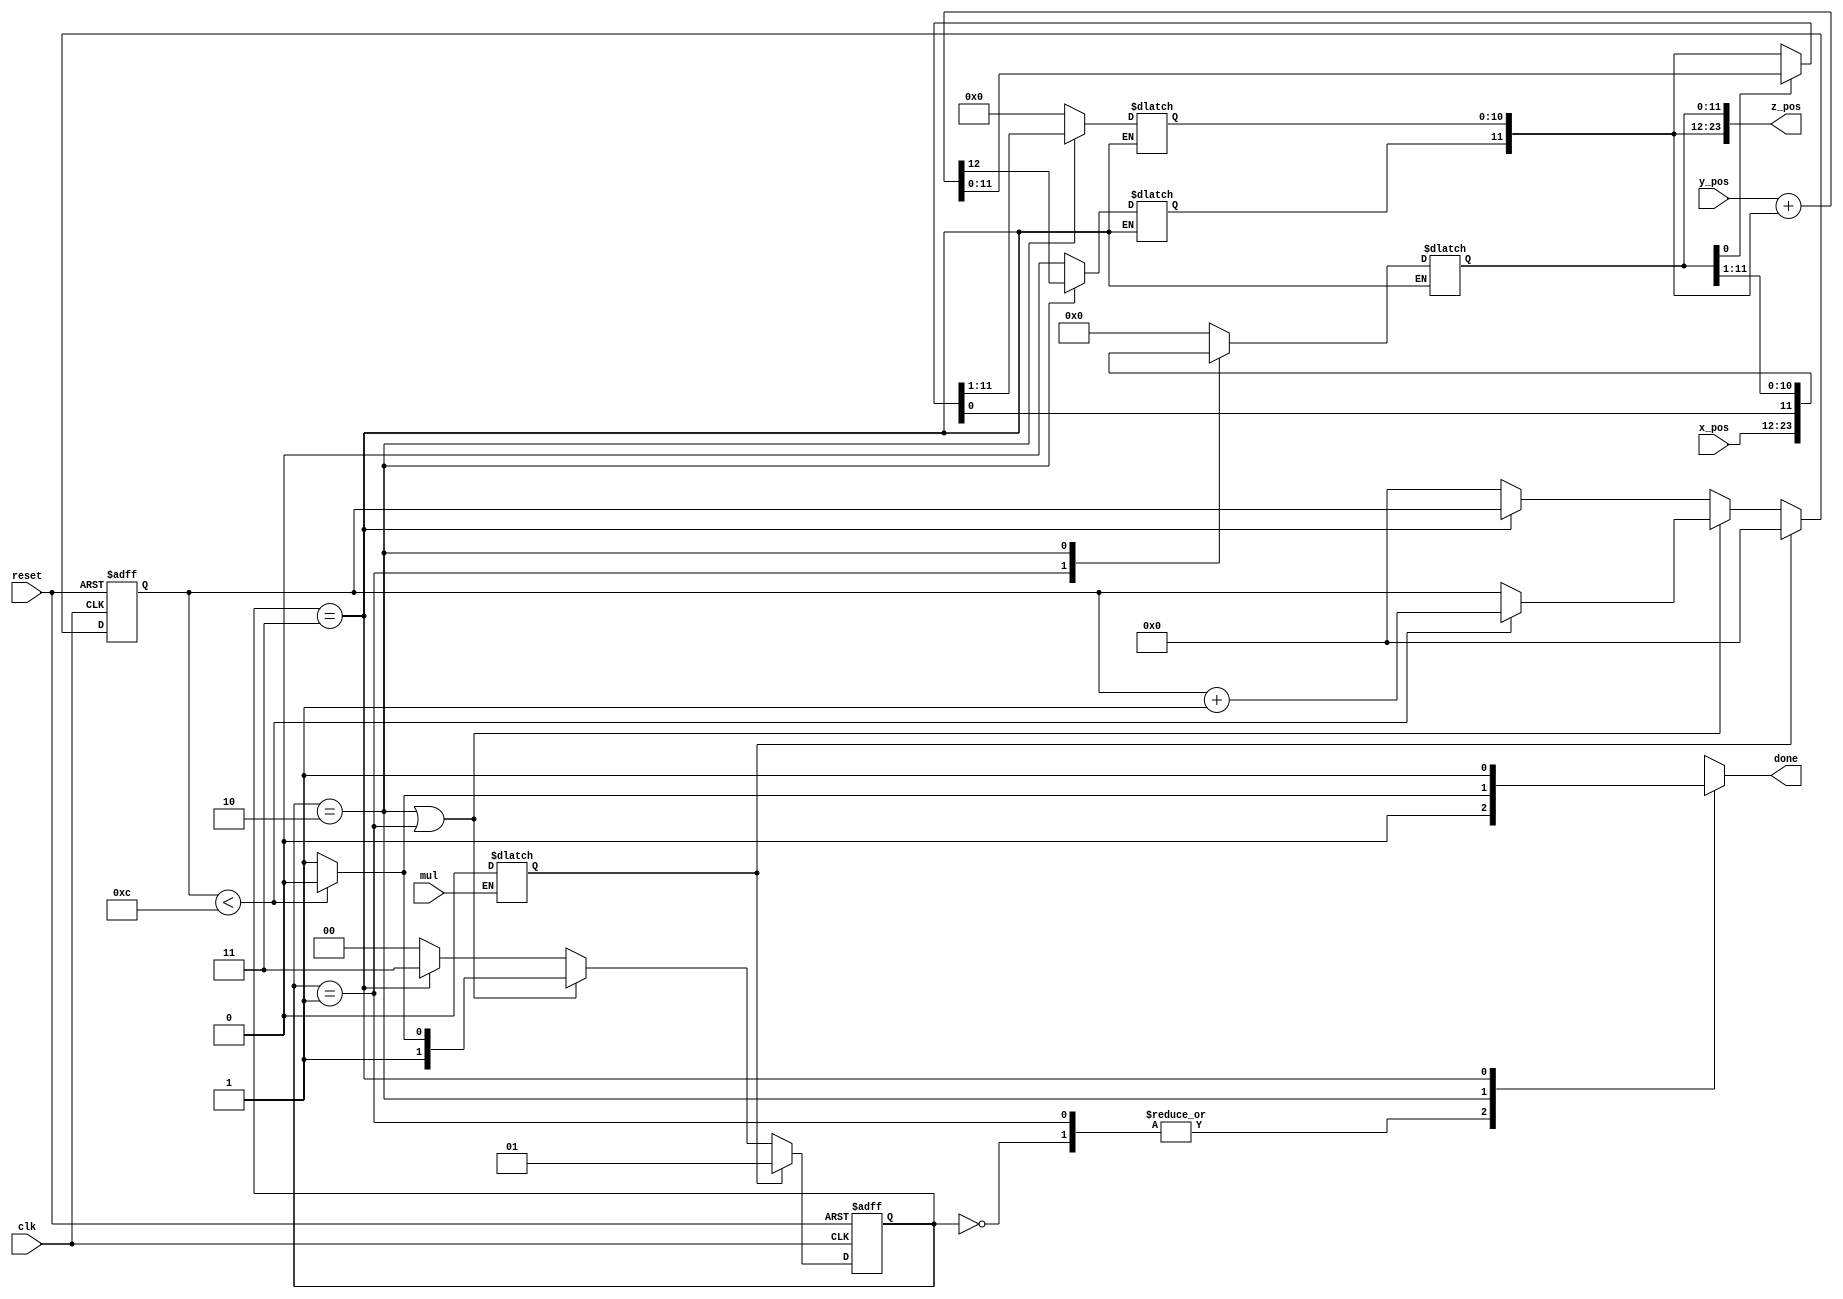
// Two complement out module.
// Inputs:
//   mul - Start multiplication signal
//   reset - asynchronous reset
//   clk - clock signal
//   x_pos - input multiplier
//   y_pos - input multiplicand
// Outputs:
//   z_out - parallel 24-bit output
module unsigned_multiplier(mul, reset, clk, done, x_pos, y_pos, z_pos);

// Parameters representing possible states
parameter WAITING = 2'b00;
parameter LOAD = 2'b01;
parameter MULTIPLYING = 2'b10;
parameter DONE = 2'b11;

// Input definitions
input mul, reset, clk;
input [11:0] x_pos, y_pos;

// Output definitions
output [23:0] z_pos;
reg [23:0] local_z_pos;
assign z_pos = local_z_pos;

output done;
reg local_done;
assign done = local_done;

// Asynchronous state helpers
reg load;
reg went_low;

// State and count state registers
reg [1:0] state;
reg [3:0] count;

wire [12:0] temp_sum;

// Keeps a temporary sum of the 12 MSBs of the current 
// result and the multiplicand
assign temp_sum = y_pos + local_z_pos[23:12];

always@(posedge clk or posedge reset) begin
    // Asynchronous reset
    if (reset) begin
        state <= WAITING;
        count <= 'b0;
    end else begin
        // Synchronous load based on asynchronous start signal
        if (load) begin
            state <= LOAD;
            count <= 'b0;
        // If in the LOAD or MULTIPLYING state we continue multiplying
        // if we haven't performed all operations and we increment the count
        end else if (state == MULTIPLYING || state == LOAD) begin
            if (count < 4'd12) begin
                state <= MULTIPLYING;
                count <= count + 1;
            end else begin
                state <= DONE;
                count <= count;
            end
        // Done stays done
        end else if (state == DONE) begin
            state <= DONE;
            count <= count;
        // Edge case or WAITING
        end else begin
            state <= WAITING;
            count <= 'b0;
        end
    end
end

/*
    The asynchronous start signal works
    by ensuring that data collection is reset properly
    only if the signal value was previously low.
    This value is checked on a change of state to ensure 
    that the data collection is not continuously reset
    on subsequent clock cycles, thus requiring the start signal
    to go low again
*/
always@(mul or count or state) begin
    if (~mul) begin
        went_low = 'b1;
    end else if (mul & went_low) begin
        load = 'b1;
        went_low = 'b0;
    end else begin
        load = 'b0;
        went_low = 'b0;
    end
end

/*
    We output the correct value based
    on change in state of progress in multiplications
*/
always @(state or count) begin
    case (state)
        // When WAITING we output 0s
        WAITING: begin
            local_z_pos = 'b0;
            local_done = 'b0;
        end
        // LOAD involves loaded one of the inputs
        // into the LSB of our output
        LOAD: begin
            local_z_pos[23:12] = 12'b000000000000;
            local_z_pos[11:0] = x_pos;
            local_done = 'b0;
        end
        // MULTIPLYING means that 
        // 1. We will modify the MSB of our current 
        // result depending on the current LSB (a bit in the multiplier).
        // 2. Shift our current result to the right by 1
        // 3. Load the carry from the temporary sum into the MSB
        // 4. Check if we are done asynchronously by monitoring count.
        MULTIPLYING: begin
            if (local_z_pos[0] == 1'b1) begin
                local_z_pos[23:12] = temp_sum[11:0];
            end
            local_z_pos = local_z_pos >> 1; 
            local_z_pos[23] = temp_sum[12];
            if (count < 4'd12) begin
                local_done = 'b0;
            end else begin
                local_done = 'b1;
            end
        end
        // DONE simply means outputing the current loaded
        // registers and signaling 'done'
        DONE: begin
            local_z_pos = local_z_pos;
            local_done = 'b1;
        end
        // We default to a RESET
        default: begin
            local_z_pos = 'b0;
            local_done = 'b0;
        end
    endcase
end

endmodule